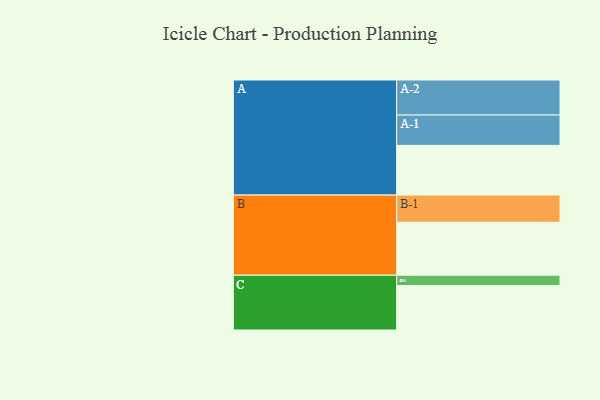
{"axis": {"x": "Segment", "y": "Value"}, "legend": ["", "A", "B", "C"], "data": [{"x": "A", "y": 380, "type": ""}, {"x": "B", "y": 405, "type": ""}, {"x": "C", "y": 340, "type": ""}, {"x": "A-1", "y": 232, "type": "A"}, {"x": "A-2", "y": 268, "type": "A"}, {"x": "B-1", "y": 208, "type": "B"}, {"x": "C-1", "y": 79, "type": "C"}]}